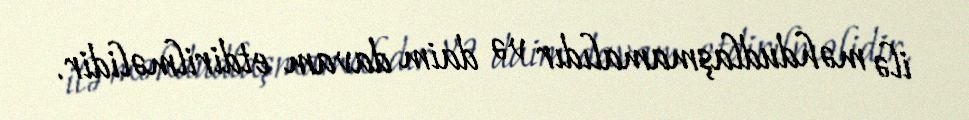
ilə məhdudlaşmamalıdır və daim davam etdirilməlidir.